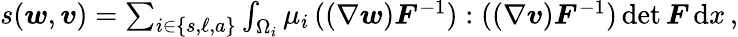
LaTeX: \begin{array}{r}{s(\boldsymbol{w},\boldsymbol{v})=\sum_{i\in\{ s,\ell,a\} }\int_{\Omega_{i}}\mu_{i}\, ((\nabla\boldsymbol{w})\boldsymbol{F}^{-1}):((\nabla\boldsymbol{v})\boldsymbol{F}^{-1})\operatorname*{det}\boldsymbol{F}\, \mathrm{d}x\, ,}\end{array}